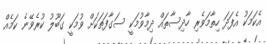
އެކަމަކު އެފަދަ ހިތާމަވެރި ހާދިސާތައް ދިމާވުމަކީ ސަގާފަތަކަށް ވުމަކީ ގަބޫލު ކުރެވޭނެ ކަމެއް